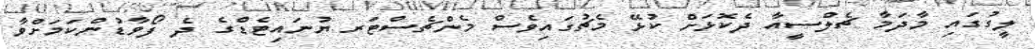
ލީގުގައި މާދަމާ ޗެލްސީއާ ދެކޮޅަށް ކުޅޭ މެޗުގައިވެސް މެންޗެސްޓަރ ޔުނައިޓެޑްގެ ދެ ފޯވާޑުންކަމަށްވާ